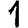
Digit: 1